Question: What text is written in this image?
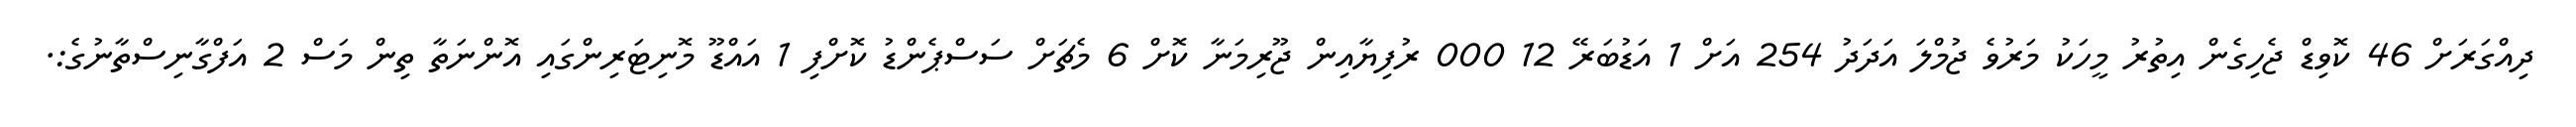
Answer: ދިއްގަރަށް 46 ކޮވިޑް ޖެހިގެން އިތުރު މީހަކު މަރުވެ ޖުމްލަ އަދަދު 254 އަށް 1 އަޑުބަރޭ 12 000 ރުފިޔާއިން ޖޫރިމަނާ ކޮށް 6 މެޗަށް ސަސްޕެންޑު ކޮށްފި 1 އައްޑޫ މޮނިޓަރިންގައި އޮންނަތާ ތިން މަސް 2 އަފްގާނިސްތާނުގެ:.